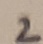
Text: 2